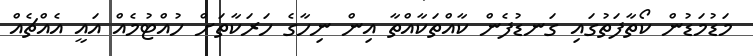
މަޑުމަޑުން ކޯތާފަތުގައި ގަނޑުފެން ކާއްތަކާއްތާ އިން ނިހާގެ ހަރަކާތަށް ހުއްޓުމެއް އައީ އެއްޗެއް